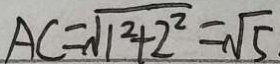
A C = \sqrt { 1 ^ { 2 } + 2 ^ { 2 } } = \sqrt { 5 }